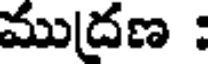
ముద్రణ :